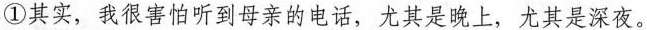
①其实，我很害怕听到母亲的电话，尤其是晚上，尤其是深夜。